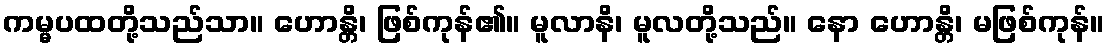
ကမ္မပထတို့သည်သာ။ ဟောန္တိ၊ ဖြစ်ကုန်၏။ မူလာနိ၊ မူလတို့သည်။ နော ဟောန္တိ၊ မဖြစ်ကုန်။